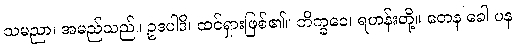
သမညာ၊ အမည်သည်။ ဥဒပါဒိ၊ ထင်ရှားဖြစ်၏။ ဘိက္ခဝေ၊ ရဟန်းတို့။ တေန ခေါ ပန